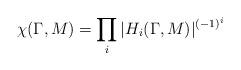
LaTeX: \begin{align*}\chi (\Gamma , M) = \prod_i |H_i (\Gamma , M)|^{(-1)^i}\end{align*}